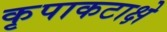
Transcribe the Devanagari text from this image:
कृपाकटाक्षे